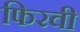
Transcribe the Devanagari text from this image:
फिरवी